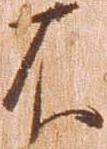
不